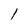
Character: l